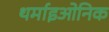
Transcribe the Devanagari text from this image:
थर्माइओनिक